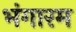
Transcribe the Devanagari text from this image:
भंगारम